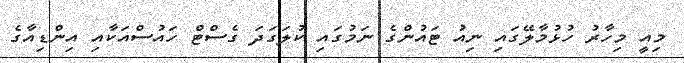
މިއީ މިހާރު ހުޅުމާލޭގައި ނިއު ޓައުންގެ ނަމުގައި ކުލަގަދަ ގެސްޓް ހައުސްއަކާއި އިންޑިއާގެ